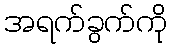
အရက်ခွက်ကို